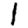
Digit: 1